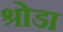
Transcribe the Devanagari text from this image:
श्रोडा